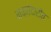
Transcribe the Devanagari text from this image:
मक्तेदारीत